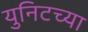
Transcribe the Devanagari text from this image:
युनिटच्या